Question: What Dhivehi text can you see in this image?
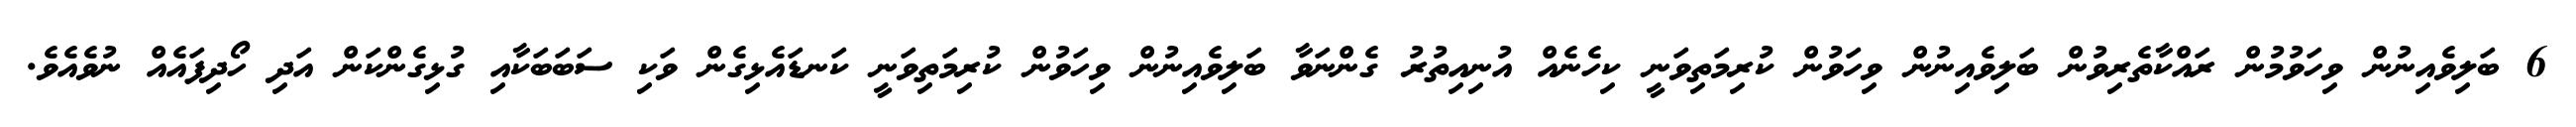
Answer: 6 ބަލިވެއިނުން ވިހަވުމުން ރައްކާތެރިވުން ބަލިވެއިނުން ވިހަވުން ކުރިމަތިވަނީ ކިހެނެއް އުނިއިތުރު ގެންނަވާ ބަލިވެއިނުން ވިހަވުން ކުރިމަތިވަނީ ކަނޑައެޅިގެން ވަކި ސަބަބަކާއި ގުޅިގެންކަން އަދި ހޯދިފައެއް ނުވެއެވެ.